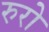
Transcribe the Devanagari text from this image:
रुरो